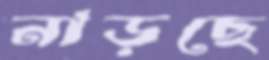
নাড়ছে